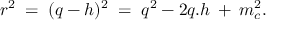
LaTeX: r ^ { 2 } \; = \; ( q - h ) ^ { 2 } \; = \; q ^ { 2 } - 2 q . h \: + \: m _ { c } ^ { 2 } .